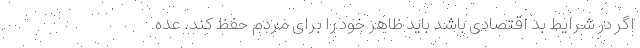
اگر در شرایط بد اقتصادی باشد باید ظاهر خود را برای مردم حفظ کند. عده